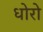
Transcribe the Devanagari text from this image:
धोरो